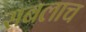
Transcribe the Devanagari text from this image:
सबलाच